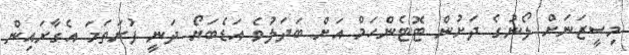
މިސީޒަނަށް ލޯނުގެ ދަށުން ޓޮޓެންހަމް އަށް ބަދަލުވެ އަޑެބަޔޯ ދަނީ ފުރަތަމަ އެގާރައިން